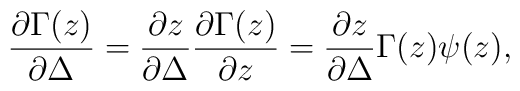
{\partial \Gamma(z) \over \partial \Delta} ={\partial z \over \partial \Delta} {\partial \Gamma(z) \over \partial z}= {\partial z \over \partial \Delta} \Gamma(z) \psi(z),